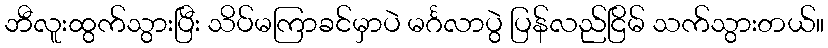
ဘီလူးထွက်သွားပြီး သိပ်မကြာခင်မှာပဲ မင်္ဂလာပွဲ ပြန်လည်ငြိမ် သက်သွားတယ်။